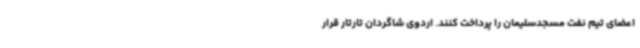
اعضای تیم نفت مسجدسلیمان را پرداخت کنند. اردوی شاگردان تارتار قرار